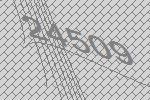
24509